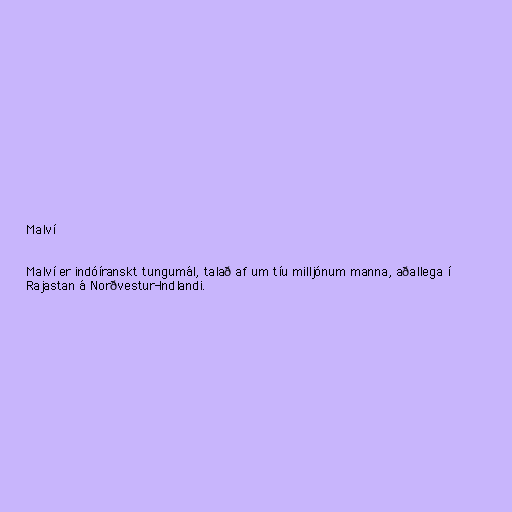
Malví

Malví er indóíranskt tungumál, talað af um tíu milljónum manna, aðallega í
Rajastan á Norðvestur-Indlandi.